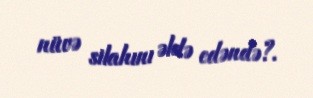
nüvə silahını əldə edəndə?.